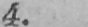
4.